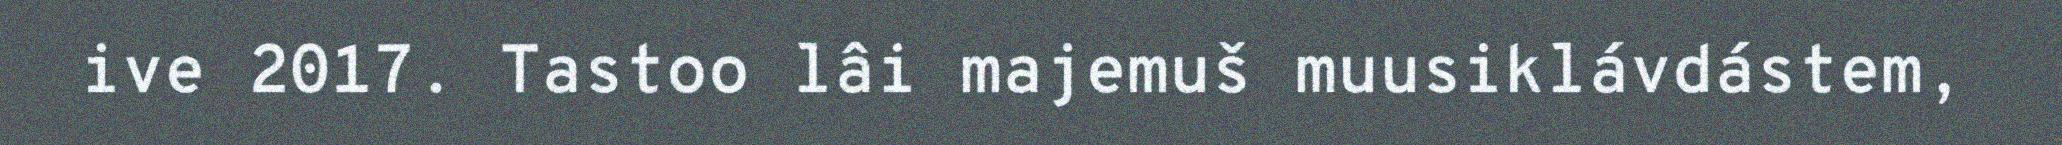
ive 2017. Tastoo lâi majemuš muusiklávdástem,